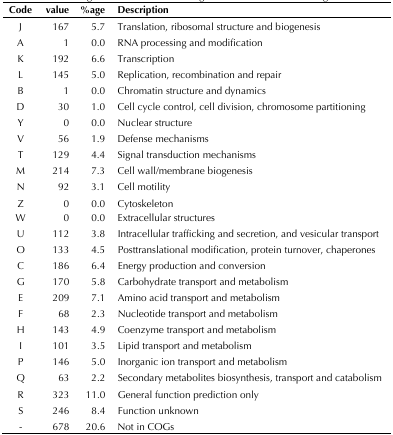
| Code | value | %age | Description |
 | --- | --- | --- | --- |
 | J | 167 | 5.7 | Translation, ribosomal structure and biogenesis |
 | A | 1 | 0.0 | RNA processing and modification |
 | K | 192 | 6.6 | Transcription |
 | L | 145 | 5.0 | Replication, recombination and repair |
 | B | 1 | 0.0 | Chromatin structure and dynamics |
 | D | 30 | 1.0 | Cell cycle control, cell division, chromosome partitioning |
 | Y | 0 | 0.0 | Nuclear structure |
 | V | 56 | 1.9 | Defense mechanisms |
 | T | 129 | 4.4 | Signal transduction mechanisms |
 | M | 214 | 7.3 | Cell wall/membrane biogenesis |
 | N | 92 | 3.1 | Cell motility |
 | Z | 0 | 0.0 | Cytoskeleton |
 | W | 0 | 0.0 | Extracellular structures |
 | U | 112 | 3.8 | Intracellular trafficking and secretion, and vesicular transport |
 | O | 133 | 4.5 | Posttranslational modification, protein turnover, chaperones |
 | C | 186 | 6.4 | Energy production and conversion |
 | G | 170 | 5.8 | Carbohydrate transport and metabolism |
 | E | 209 | 7.1 | Amino acid transport and metabolism |
 | F | 68 | 2.3 | Nucleotide transport and metabolism |
 | H | 143 | 4.9 | Coenzyme transport and metabolism |
 | I | 101 | 3.5 | Lipid transport and metabolism |
 | P | 146 | 5.0 | Inorganic ion transport and metabolism |
 | Q | 63 | 2.2 | Secondary metabolites biosynthesis, transport and catabolism |
 | R | 323 | 11.0 | General function prediction only |
 | S | 246 | 8.4 | Function unknown |
 | - | 678 | 20.6 | Not in COGs |